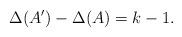
LaTeX: \begin{align*}\Delta(A') - \Delta(A) = k -1.\end{align*}